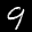
Label: 9